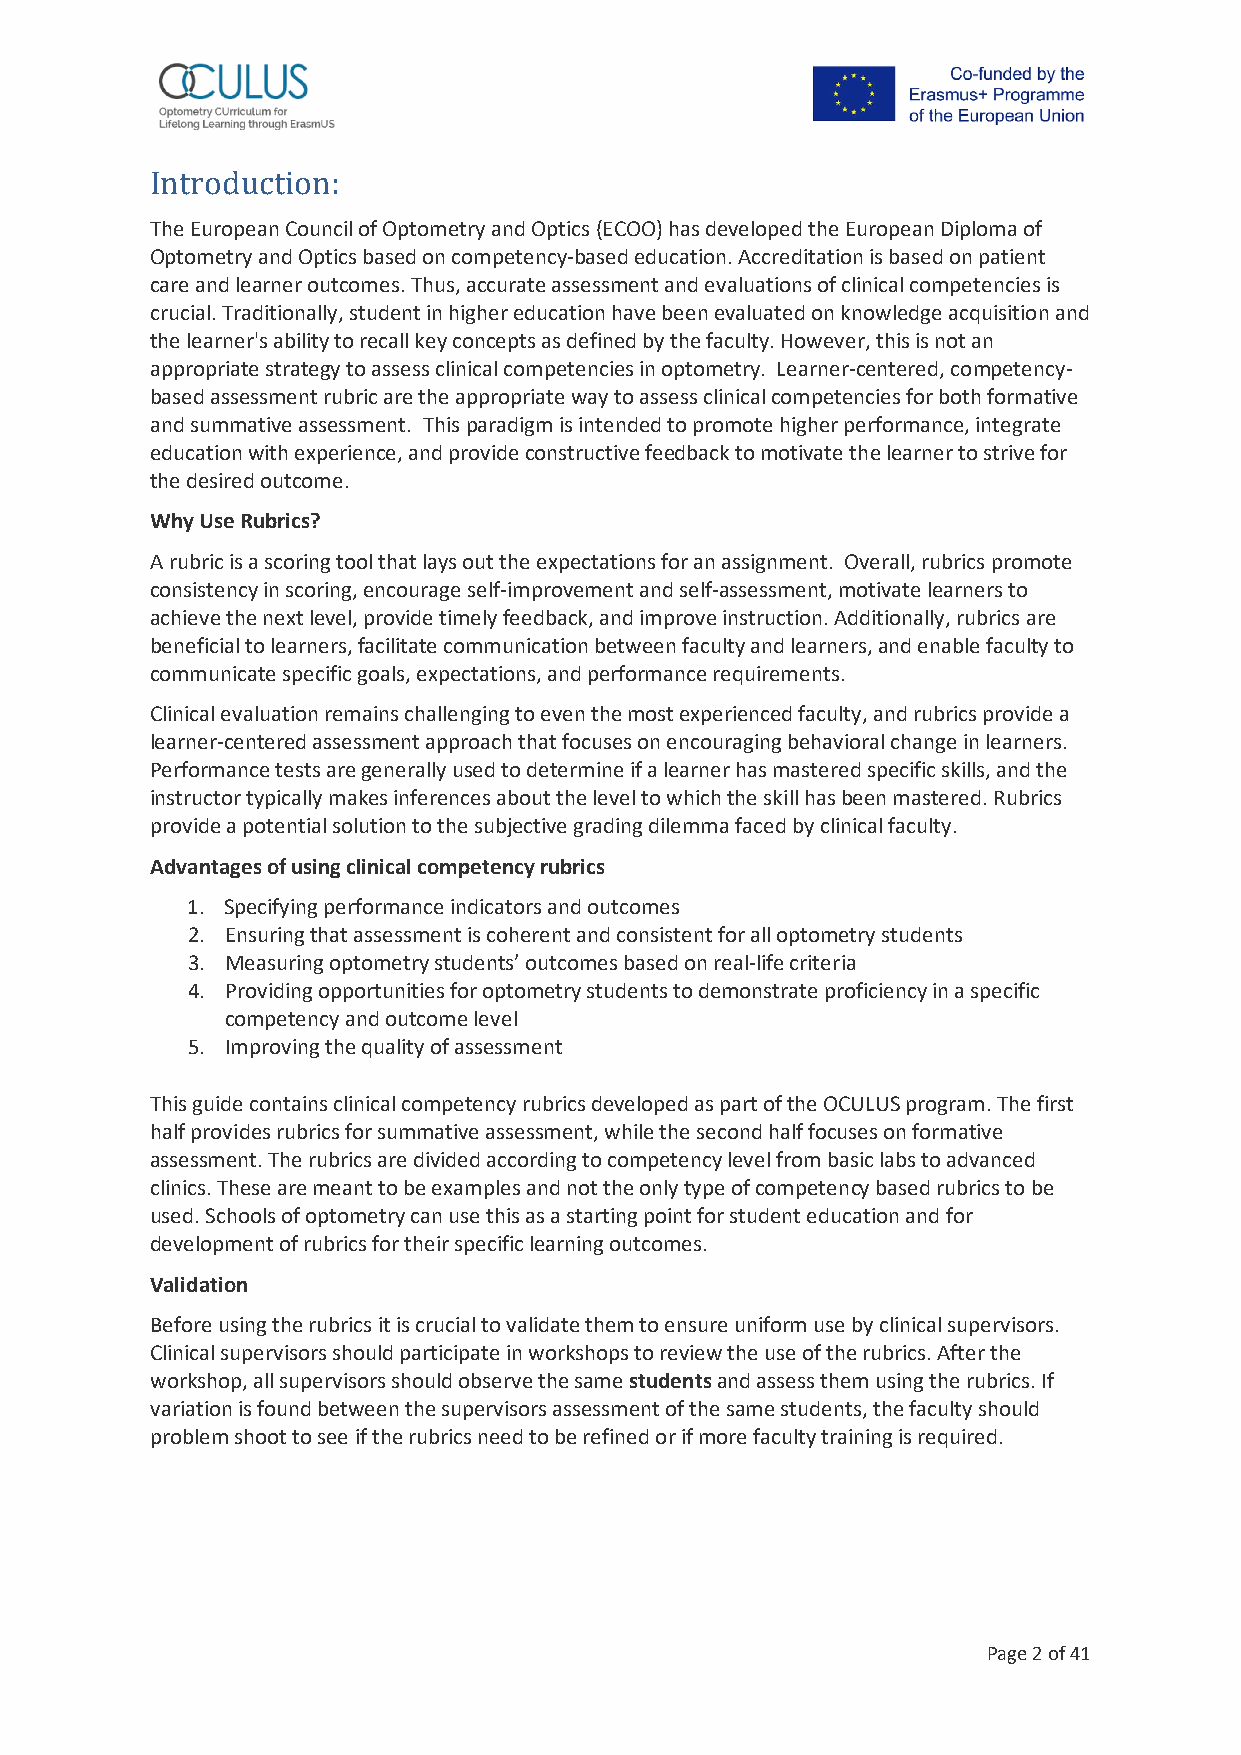
The European Council of Optometry and Optics (ECOO) has developed the European Diploma of
 IOnpttormoedtruy acntdi oOnpt:ic s based on competency-based education. Accreditation is based on patient
 care and learner outcomes. Thus, accurate assessment and evaluations of clinical competencies is
 crucial. Traditionally, student in higher education have been evaluated on knowledge acquisition and
 the learner's ability to recall key concepts as defined by the faculty. However, this is not an
 appropriate strategy to assess clinical competencies in optometry. Learner-centered, competency-
 based assessment rubric are the appropriate way to assess clinical competencies for both formative
 and summative assessment. This paradigm is intended to promote higher performance, integrate
 education with experience, and provide constructive feedback to motivate the learner to strive for
 the desired outcome.
 Why Use Rubrics?
 A rubric is a scoring tool that lays out the expectations for an assignment. Overall, rubrics promote
 consistency in scoring, encourage self-improvement and self-assessment, motivate learners to
 achieve the next level, provide timely feedback, and improve instruction. Additionally, rubrics are
 beneficial to learners, facilitate communication between faculty and learners, and enable faculty to
 communicate specific goals, expectations, and performance requirements.
 Clinical evaluation remains challenging to even the most experienced faculty, and rubrics provide a
 learner-centered assessment approach that focuses on encouraging behavioral change in learners.
 Performance tests are generally used to determine if a learner has mastered specific skills, and the
 instructor typically makes inferences about the level to which the skill has been mastered. Rubrics
 provide a potential solution to the subjective grading dilemma faced by clinical faculty.
 Advantages of using clinical competency rubrics
 1. Specifying performance indicators and outcomes
 2. Ensuring that assessment is coherent and consistent for all optometry students
 3. Measuring optometry students’ outcomes based on real-life criteria
 4. Providing opportunities for optometry students to demonstrate proficiency in a specific
 competency and outcome level
 5. Improving the quality of assessment
 This guide contains clinical competency rubrics developed as part of the OCULUS program. The first
 half provides rubrics for summative assessment, while the second half focuses on formative
 assessment. The rubrics are divided according to competency level from basic labs to advanced
 clinics. These are meant to be examples and not the only type of competency based rubrics to be
 used. Schools of optometry can use this as a starting point for student education and for
 development of rubrics for their specific learning outcomes.
 Validation
 Before using the rubrics it is crucial to validate them to ensure uniform use by clinical supervisors.
 Clinical supervisors should participate in workshops to review the use of the rubrics. After the
 workshop, all supervisors should observe the same students and assess them using the rubrics. If
 variation is found between the supervisors assessment of the same students, the faculty should
 problem shoot to see if the rubrics need to be refined or if more faculty training is required.
 Page 2 of 41